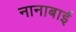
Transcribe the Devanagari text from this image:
नानाबाई